Indian journal of veterinary science and animal husbandry - Volume 1,
Year: 1931
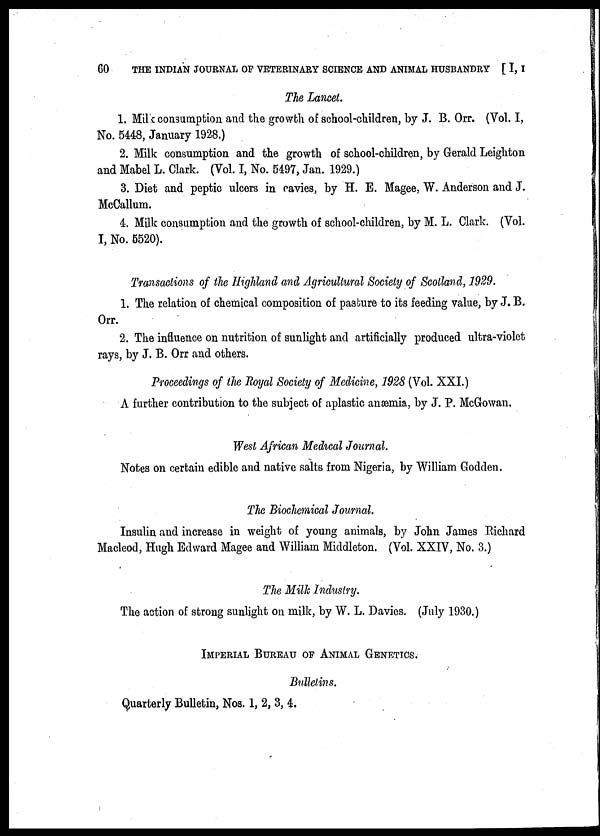
60 THE INDIAN JOURNAL OF VETERINARY SCIENCE AND ANIMAL HUSBANDRY [ I, I
The Lancet.
1. Milk consumption and the growth of school-children, by J. B. Orr. (Vol. I,
No. 5448, January 1928.)
2. Milk consumption and the growth of school-children, by Gerald Leighton
and Mabel L. Clark. (Vol. I, No. 5497, Jan. 1929.)
3. Diet and peptic ulcers in cavies, by H. E. Magee, W. Anderson and J.
McCallum.
4. Milk consumption and the growth of school-children, by M. L. Clark. (Vol.
I, No. 5520).
Transactions of the Highland and Agricultural Society of Scotland, 1929.
1. The relation of chemical composition of pasture to its feeding value, by J. B.
Orr.
2. The influence on nutrition of sunlight and artificially produced ultra-violet
rays, by J. B. Orr and others.
Proceedings of the Royal Society of Medicine, 1928 (Vol. XXI.)
A further contribution to the subject of aplastic anæmia, by J. P. McGowan.
West African Medical Journal.
Notes on certain edible and native salts from Nigeria, by William Godden.
The Biochemical Journal.
Insulin and increase in weight of young animals, by John James Richard
Macleod, Hugh Edward Magee and William Middleton. (Vol. XXIV, No. 3.)
The Milk Industry.
The action of strong sunlight on milk, by W. L. Davies. (July 1930.)
IMPERIAL BUREAU OF ANIMAL GENETICS.
Bulletins.
Quarterly Bulletin, Nos. 1, 2, 3, 4.